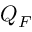
Q _ { F }